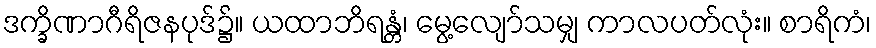
ဒက္ခိဏာဂီရိဇနပုဒ်၌။ ယထာဘိရန္တံ၊ မွေ့လျော်သမျှ ကာလပတ်လုံး။ စာရိကံ၊